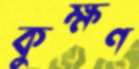
কুক্ষণ